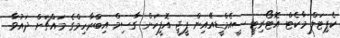
ކެޕިޓަލް މާކެޓް އޮޓޯރިޓީ ސީއެމްޑީއޭއިން ޕީޖީ އޮފީހަށް ގާސިމް އިބްރާހިމްގެ މައްޗަށް ދައުވާ